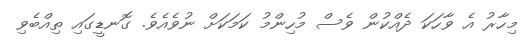
މިހާރު އެ ވާހަކަ ދެއްކުން ވެސް މުހިންމު ކަމަކަށް ނުވެއެވެ. ގޮނޑީގައި ތިއްބެވި